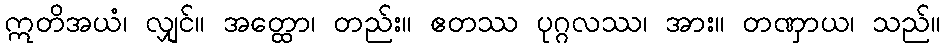
ဣတိအယံ၊ လျှင်။ အတ္ထော၊ တည်း။ ဧတဿ ပုဂ္ဂလဿ၊ အား။ တဏှာယ၊ သည်။